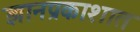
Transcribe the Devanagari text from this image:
ज्ञानप्रकाशात